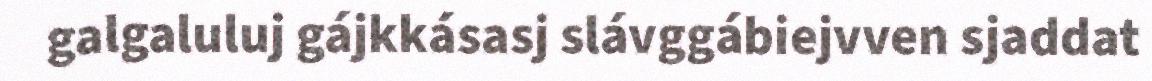
galgaluluj gájkkásasj slávggábiejvven sjaddat